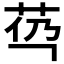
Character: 𰰯